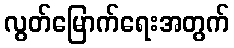
လွတ်မြောက်ရေးအတွက်